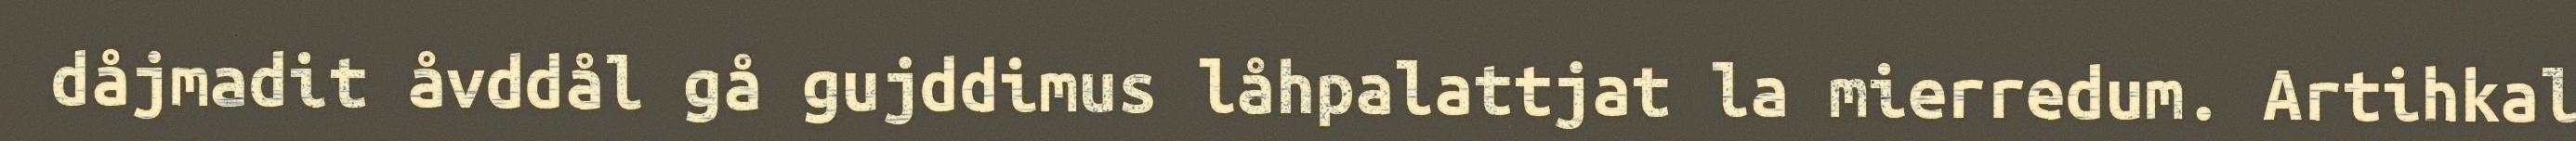
dåjmadit åvddål gå gujddimus låhpalattjat la mierredum. Artihkal